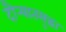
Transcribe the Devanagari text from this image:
दौर्‍यातसुद्धा